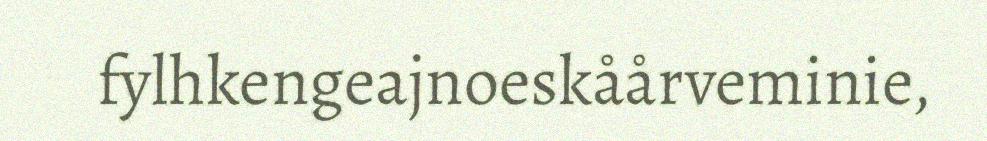
fylhkengeajnoeskåårveminie,